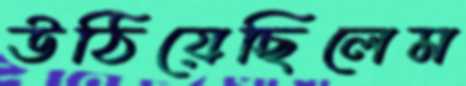
উঠিয়েছিলেম